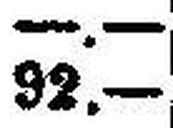
92.—